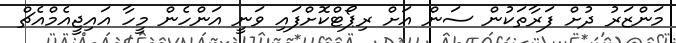
މަންޒަރު ދުށް ފަރާތަކުން ސަން އަށް ރިޕޯޓްކޮށްފައި ވަނީ އަންހެން މީހާ އައިޖީއެމްއެޗް